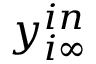
y _ { i \infty } ^ { i n }